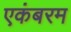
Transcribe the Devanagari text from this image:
एकंबरम